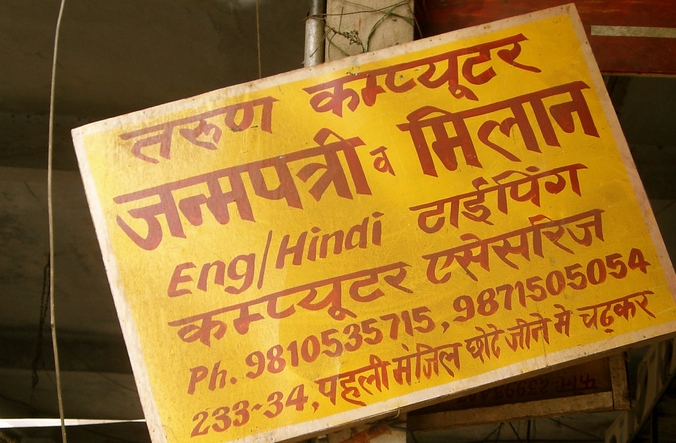
Language: hindi
Transcription: टाईपिंग जन्मपत्री कम्प्यूटर जीने मंजिल एसेसरीज मिलान व चढकर मे छोटे पहली कम्प्यूटर